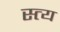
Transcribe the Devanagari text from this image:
स्त्य